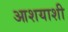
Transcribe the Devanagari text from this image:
आशयाशी